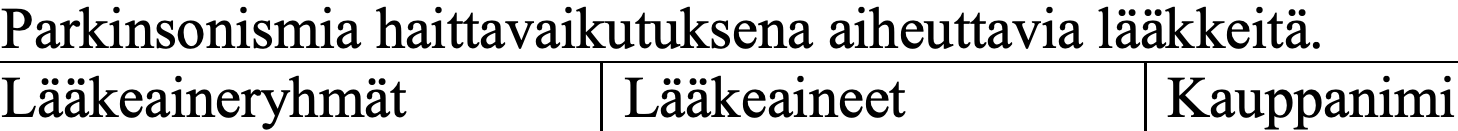
Parkinsonismia haittavaikutuksena aiheuttavia lääkkeitä. Lääkeaineryhmät     Lääkeaineet       Kauppanimi